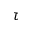
\tau